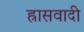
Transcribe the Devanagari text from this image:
ह्रासवादी